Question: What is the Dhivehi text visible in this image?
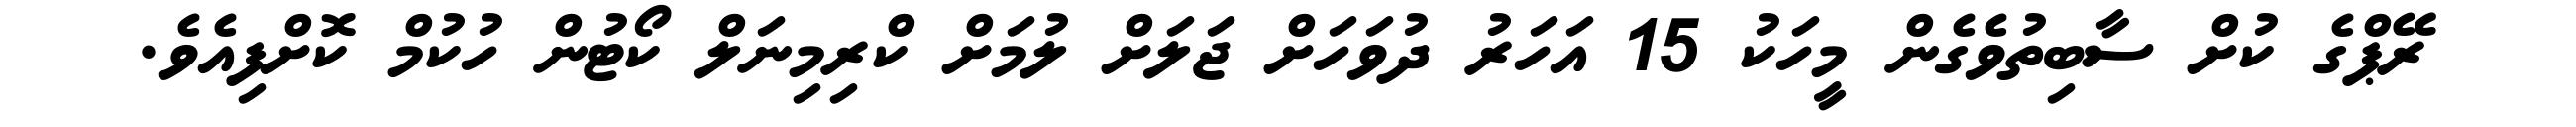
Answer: ރޭޕްގެ ކުށް ސާބިތުވެގެން މީހަކު 15 އަހަރު ދުވަހަށް ޖަލަށް ލުމަށް ކްރިމިނަލް ކޯޓުން ހުކުމް ކޮށްފިއެވެ.